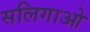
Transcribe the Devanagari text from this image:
सलिगाओ